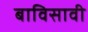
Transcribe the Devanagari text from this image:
बाविसावी